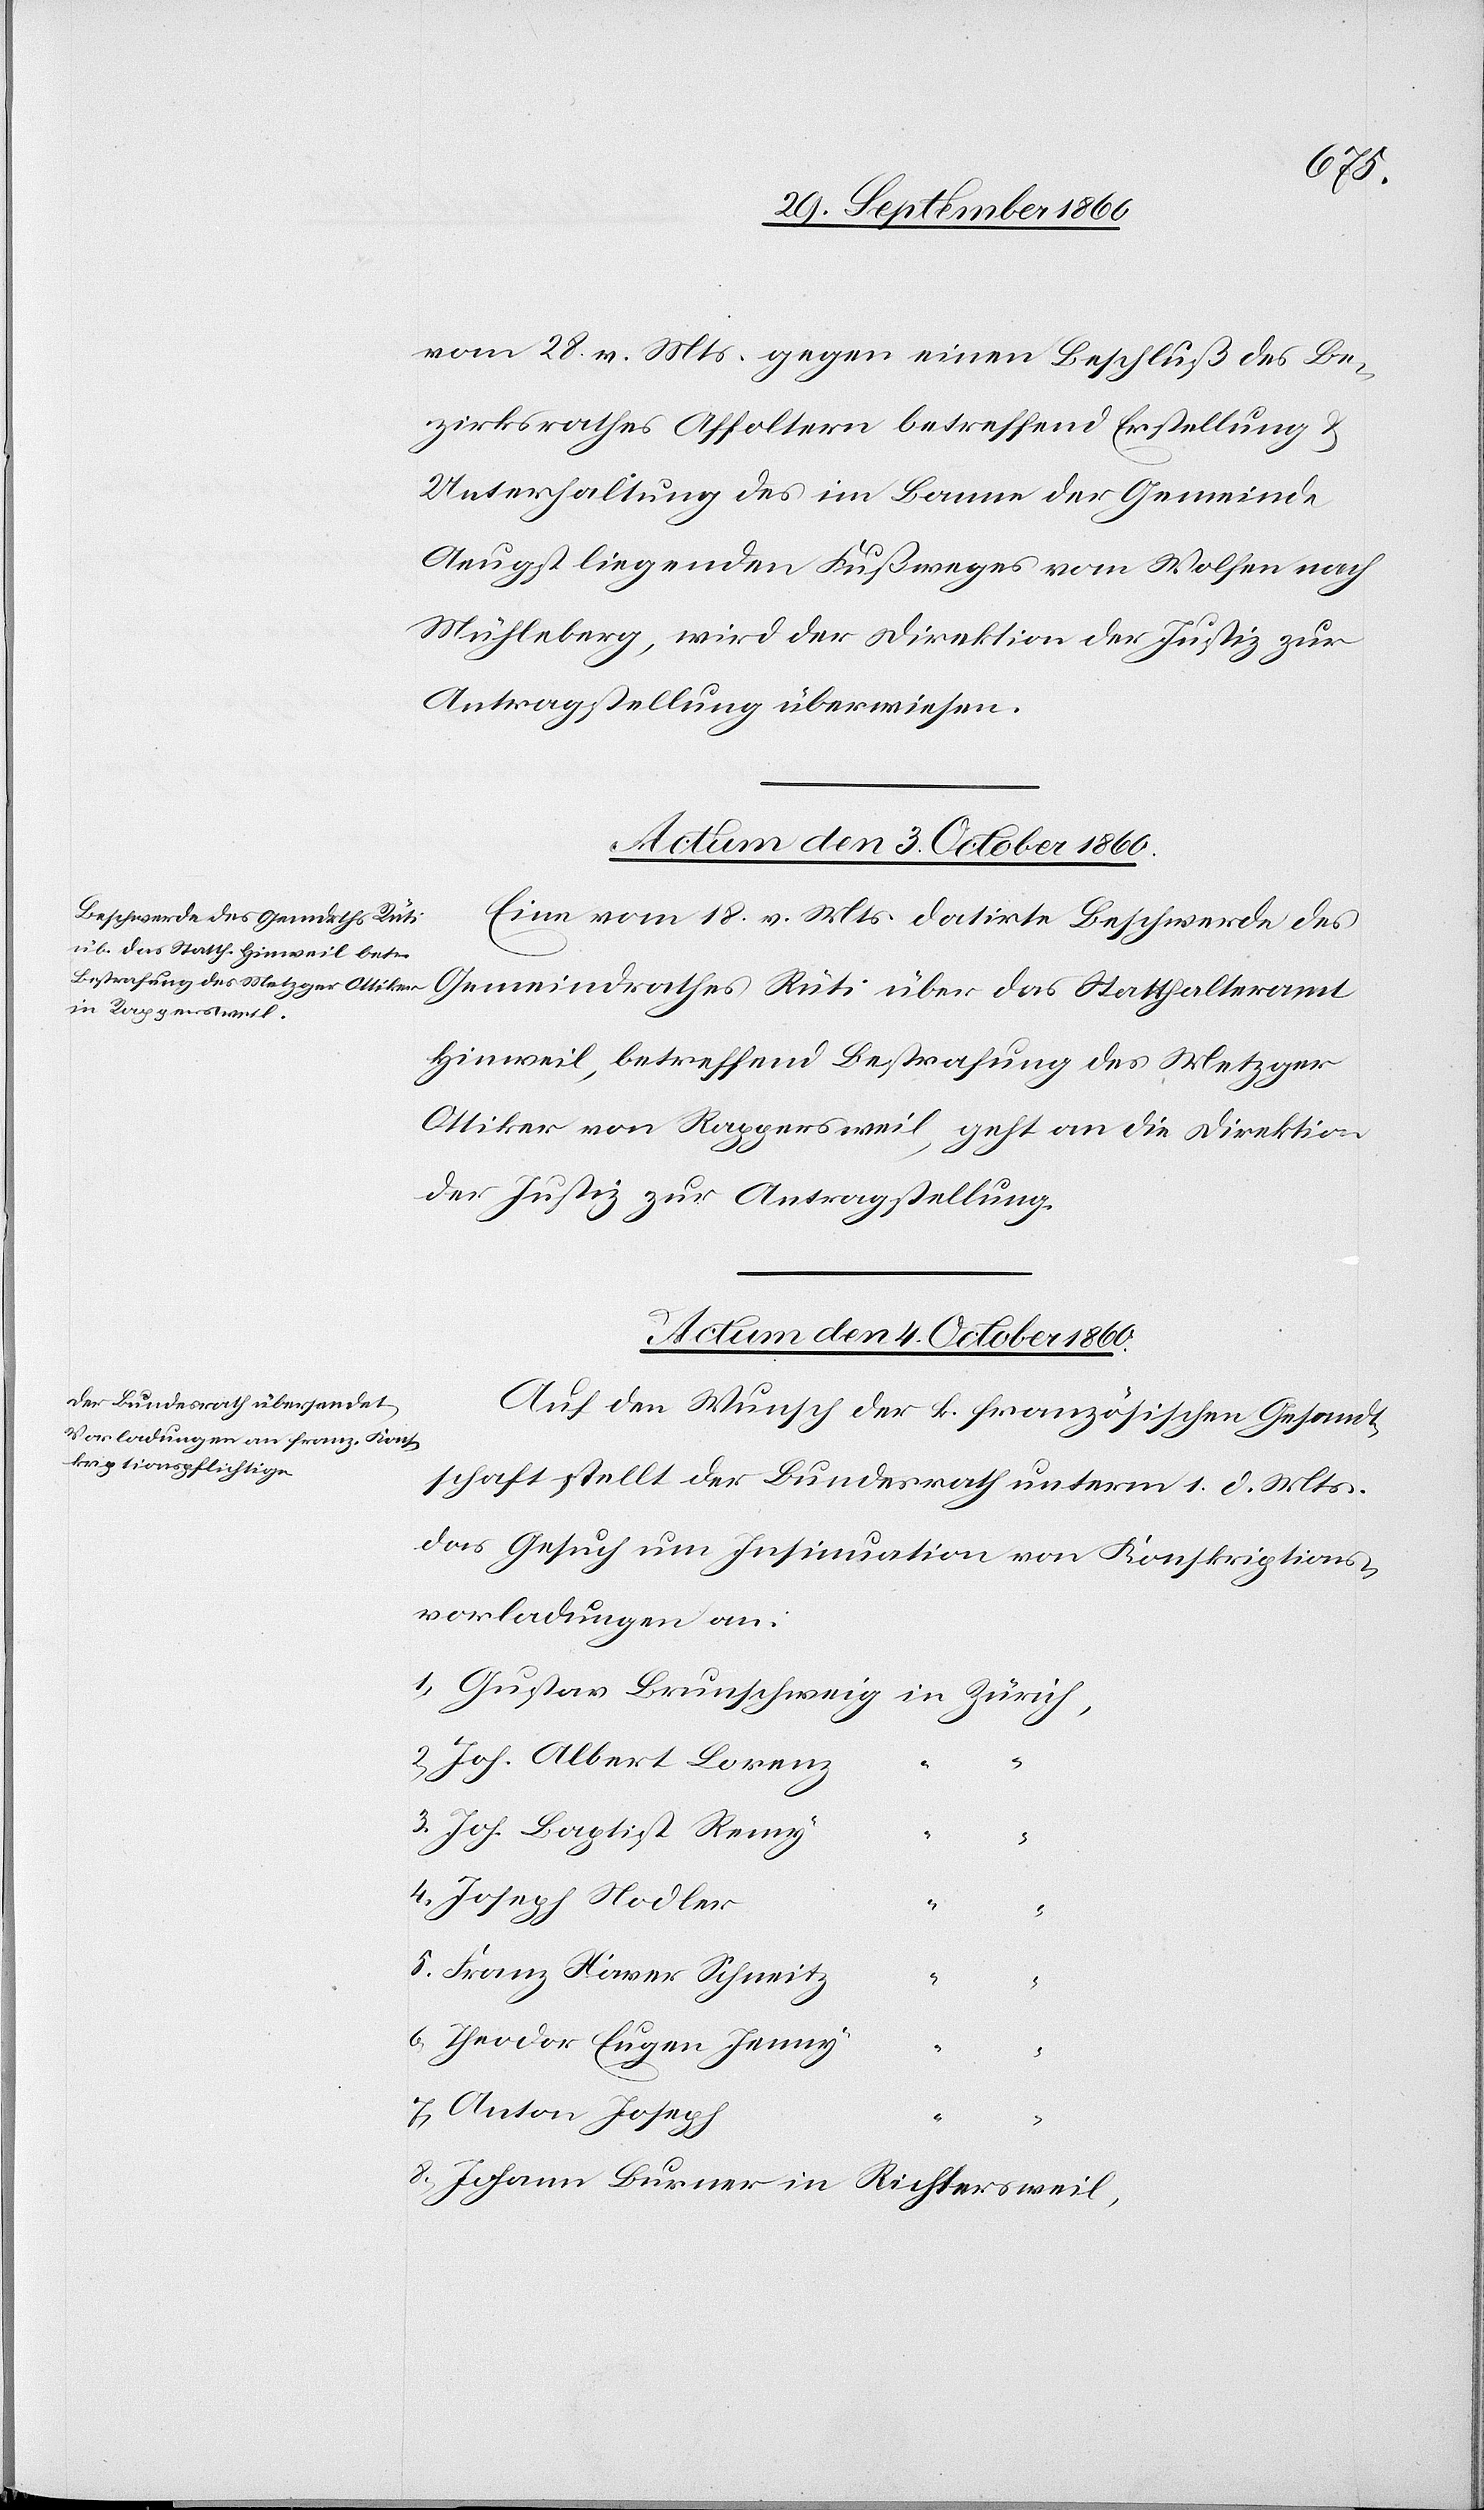
vom 28. v. Mts. gegen einen Beschluß des Be¬
zirksrathes Affoltern betreffend Erstellung u.
Unterhaltung des im Banne der Gemeinde
Aeugst liegenden Fußweges vom Wollen nach
Mühleberg, wird der Direktion der Justiz zur
Antragstellung überwiesen.
Actum den 4. October 1860.
Eine vom 18. v. Ms. datirte Beschwerde des
Gemeindrathes Rüti über das Statthalteramt
Hinweil, betreffend Bestrafung des Metzer
Ottiker von Rappersweil, geht an die Direktion
der Justiz zur Antragstellung.
Auf den Wunsch der k. französischen Gesandt¬
schaft stellt der Bundesrath unterm 1. d. Mts.
das Gesuch um Insinuation von Konskriptions¬
vorladungen an:
2. Joh. Albert Lorenz
3.Joh. Baptist Remy
“
“
4. Joseph Hodler
“
5. Franz Xaver Schneitz
“
“
6. Theodor Eugen Jenny
“
“
7. Anton Joseph
“
8. Johann Burner in Richtersweil,